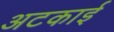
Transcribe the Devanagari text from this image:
अटकाई